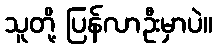
သူတို့ ပြန်လာဦးမှာပဲ။